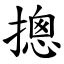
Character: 摠